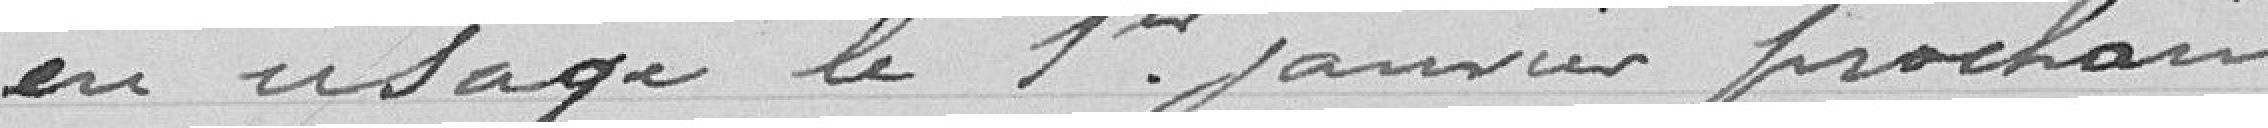
en usage le 1er janvier prochain.